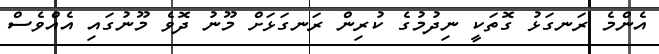
އެންމެ ރަނގަޅު ގޮތަކީ ނިދުމުގެ ކުރިން ރަނގަޅަށް މޫނު ދޮވެ މޫނުގައި އެއްވެސް